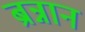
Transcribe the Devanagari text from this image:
ब्रन्नान